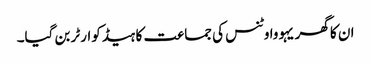
ان کا گھر یہووا وٹنس کی جماعت کا ہیڈکوارٹر بن گیا۔